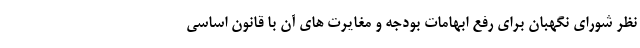
نظر شورای نگهبان برای رفع ابهامات بودجه و مغایرت های آن با قانون اساسی